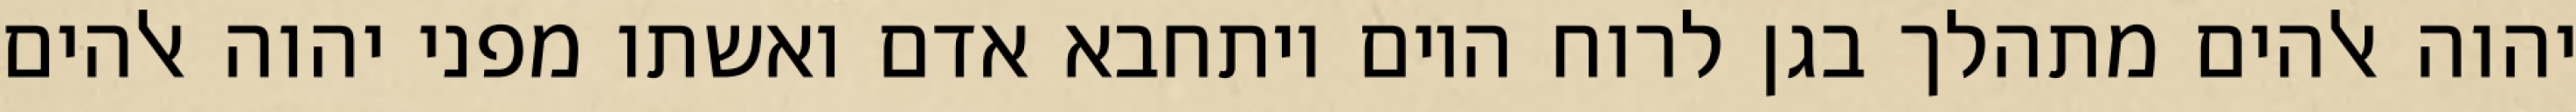
יהוה אלהים מתהלך בגן לרוח היום ויתחבא אדם ואשתו מפני יהוה אלהים